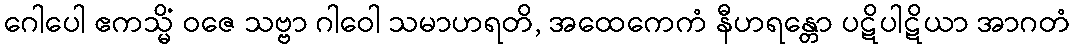
ဂေါပေါ ဧကသ္မိံ ဝဇေ သဗ္ဗာ ဂါဝေါ သမာဟရတိ, အထေကေကံ နီဟရန္တော ပဋိပါဋိယာ အာဂတံ